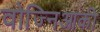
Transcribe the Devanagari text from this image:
वोज्निआकी